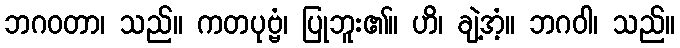
ဘဂဝတာ၊ သည်။ ကတပုဗ္ဗံ၊ ပြုဘူး၏။ ဟိ၊ ချဲ့အံ့။ ဘဂဝါ၊ သည်။